Vaccination North-Western Provinces and Oudh 1896-1901 - 1896-1901
Year: 1896
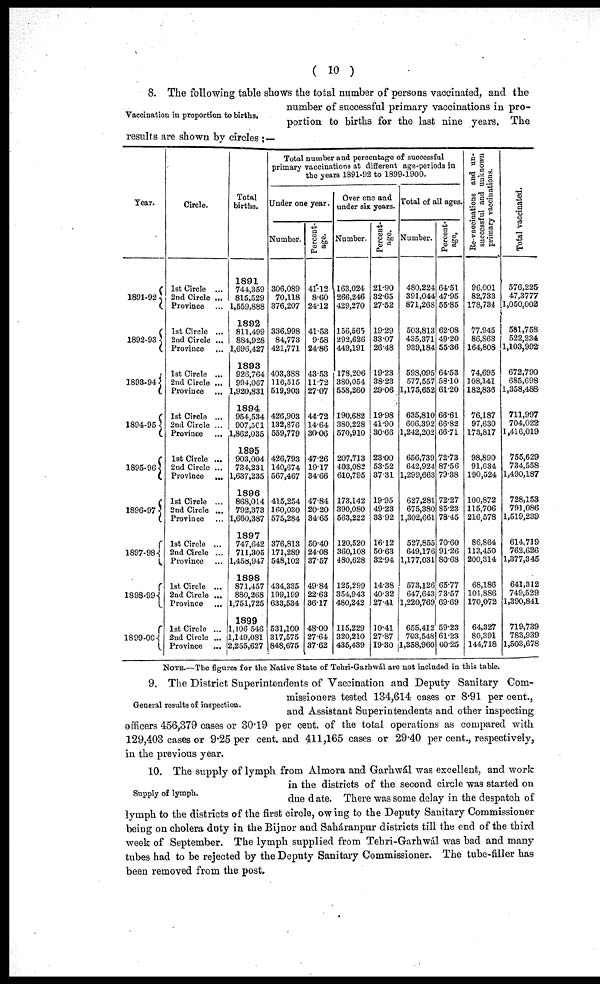
( 10 )
Vaccination in proportion to births.
8. The following table shows the total number of persons vaccinated, and the
number of successful primary vaccinations in pro-
portion to births for the last nine years. The
results are shown by circles : —
Year.
1891-92
1892-93
1893-94
1894-95
1895-96
1896-97
1897-98
1898-99
1899-00
Circle.
1st Circle ...
2nd Circle ...
Province ...
1st Circle ...
2nd Circle ...
Province ...
1st Circle ...
2nd Circle ...
Province ...
1st Circle ...
2nd Circle ...
Province
...
1st Circle ...
2nd Circle ...
Province
...
1st Circle ...
2nd Circle ...
Province ...
1st Circle ...
2nd Circle ...
Province ...
1st Circle ...
2nd Circle ...
Province
...
1st Circle ...
2nd Circle ...
Province ...
Total
births.
1891
744,359
815,529
1,559,888
1892
811,499
884,928
1,696,427
1893
926,764
994,067
1,920,831
1894
954,534
907,501
1,862,035
1895
903,004
734,231
1,637,235
1896
868,014
792,373
1,660,387
1897
747,642
711,305
1,458,947
1898
871,457
880,268
1,751,725
1899
1,106 546
1,149,081
2,255,627
Total number and percentage of successful
primary vaccinations at different age-periods in
the years 1891-92 to 1899-1900.
Under one year.
Number.
306,089
70,118
376,207
336,998
84,773
421,771
403,388
116,515
519,903
426,903
132,876
559,779
426,793
140,674
567,467
415,254
160,030
575,284
376,813
171,289
548,102
434,335
199,199
633,534
531,100
317,575
848,675
Percent-
age.
41.12
8.60
24.12
41.53
9.58
24.86
43.53
11.72
27.07
44.72
14.64
30.06
47.26
19.17
34.66
47.84
20.20
34.65
50.40
24.08
37.57
49.84
22.63
36.17
48.00
27.64
37.62
Over one and
under six years.
Number.
163,024
266,246
429,270
156,565
292,626
449,191
178,206
380,054
558,260
190,682
380,228
570,910
207,713
403,082
610,795
173,142
390,080
563,222
120,520
360,108
480,628
125,299
354,943
480,242
115,229
320,210
435,439
Percent¬
age.
21.90
32.65
27.52
19.29
33.07
26.48
19.23
38.23
29.06
19.98
41.90
30.66
23.00
53.52
37.31
19.95
49.23
33.92
16.12
50.63
32.94
14.38
40.32
27.41
10.41
27.87
19.30
Total of all ages.
Number.
480,224
391,044
871,268
503,813
435,371
939,184
598,095
577,557
1,175,652
635,810
606,392
1,242,202
656,739
642,924
1,299,663
627,281
675,380
1,302,661
527,855
649,176
1,177,031
573,126
647,643
1,220,769
655,412
703,548
1,358,960
Percent-
age.
64.51
47.95
55.85
62.08
49.20
55.36
64.53
58.10
61.20
66.61
66.82
66.71
72.73
87.56
79.38
72.27
85.23
78.45
70.60
91.26
80.68
65.77
73.57
69.69
59.23
61.23
60.25
Re-vaccinations and un-
successful and unknown
primary vaccinations.
96,001
82,733
178,734
77.945
86,863
164,808
74,695
108,141
182,836
76,187
97,630
173,817
98,890
91,634
190,524
100,872
115,706
216,578
86,864
113,450
200,314
68,186
101,886
170,072
64,327
80,391
144,718
Total vaccinated.
576,225
47,3777
1,050,002
581,758
522,234
1,103,992
672,790
685,698
1,358,488
711,997
704,022
1,416,019
755,629
734,558
1,490,187
728,153
791,086
1,519,239
614,719
762,626
1,377,345
641,312
749,529
1,390,841
719,739
783,939
1,503,678
NOTE.—The figures for the Native State of Tehri-Garhwál are not included in this table.
General results of inspection.
9. The District Superintendents of Vaccination and Deputy Sanitary Com-
missioners tested 134,614 cases or 8.91 per cent.,
and Assistant Superintendents and other inspecting
officers 456,379 cases or 30.19 per cent. of the total operations as compared with
129,403 cases or 9.25 per cent. and 411,165 cases or 29.40 per cent., respectively,
in the previous year.
Supply of lymph.
10. The supply of lymph from Almora and Garhwál was excellent, and work
in the districts of the second circle was started on
due date. There was some delay in the despatch of
lymph to the districts of the first circle, owing to the Deputy Sanitary Commissioner
being on cholera duty in the Bijnor and Saháranpur districts till the end of the third
week of September. The lymph supplied from Tehri-Garhwál was bad and many
tubes had to be rejected by the Deputy Sanitary Commissioner. The tube-filler has
been removed from the post.